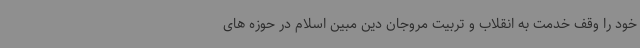
خود را وقف خدمت به انقلاب و تربیت مروجان دین مبین اسلام در حوزه های